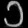
Digit: ၁